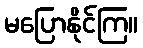
မပြောနိုင်ကြ။